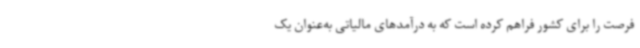
فرصت را برای کشور فراهم کرده است که به درآمدهای مالیاتی به‌عنوان یک